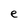
Character: e